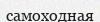
самоходная